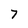
Character: 7